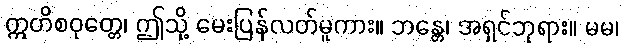
ဣတိစဝုတ္တေ၊ ဤသို့ မေးပြန်လတ်မူကား။ ဘန္တေ၊ အရှင်ဘုရား။ မမ၊